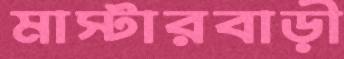
মাস্টারবাড়ী